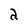
Character: a